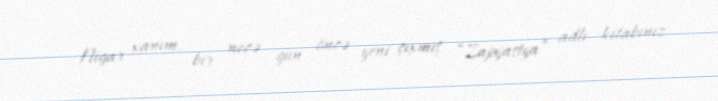
- Nigar xanım, bir neçə gün öncə yeni çıxmış “Zapyastya” adlı kitabınız